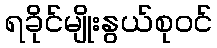
ရခိုင်မျိုးနွယ်စုဝင်